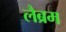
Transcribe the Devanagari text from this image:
लैब्रम